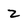
Character: z